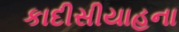
કાદીસીયાહના